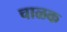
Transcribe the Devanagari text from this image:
चाळक